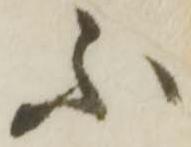
不